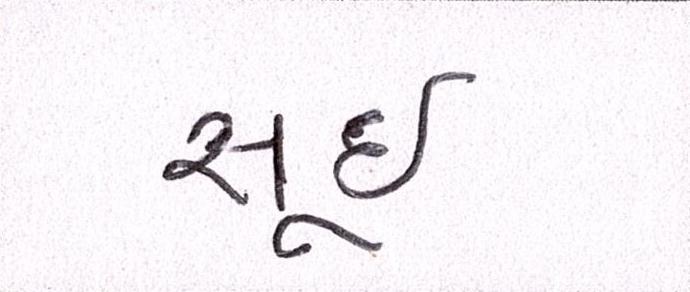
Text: સૂઈ